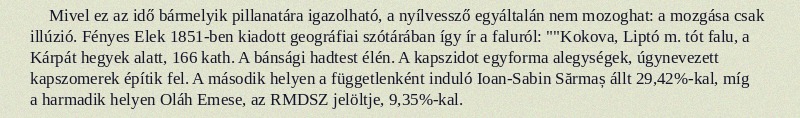
Mivel ez az idő bármelyik pillanatára igazolható, a nyílvessző egyáltalán nem mozoghat: a mozgása csak illúzió. Fényes Elek 1851-ben kiadott geográfiai szótárában így ír a faluról: ""Kokova, Liptó m. tót falu, a Kárpát hegyek alatt, 166 kath. A bánsági hadtest élén. A kapszidot egyforma alegységek, úgynevezett kapszomerek építik fel. A második helyen a függetlenként induló Ioan-Sabin Sărmaș állt 29,42%-kal, míg a harmadik helyen Oláh Emese, az RMDSZ jelöltje, 9,35%-kal.